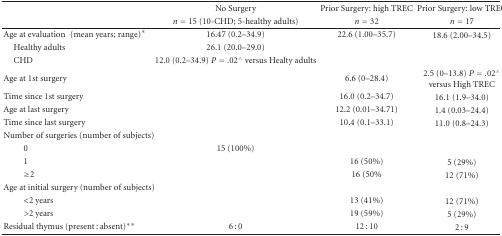
<table><thead><tr><td></td><td><b>No Surgery</b></td><td><b>Prior Surgery: high TREC</b></td><td><b>Prior Surgery: low TREC</b></td></tr><tr><td></td><td><b><i>n</i> = 15 (10-CHD; 5-healthy adults)</b></td><td><b><i>n</i> = 32</b></td><td><b><i>n</i> = 17</b></td></tr></thead><tbody><tr><td>Age at evaluation (mean years; range)*</td><td>16.47 (0.2–34.9)</td><td>22.6 (1.00–35.7)</td><td>18.6 (2.00–34.5)</td></tr><tr><td> Healthy adults</td><td>26.1 (20.0–29.0)</td><td></td><td></td></tr><tr><td> CHD</td><td>12.0 (0.2–34.9) <i>P</i> = .02<sup>∧</sup> versus Healty adults</td><td></td><td></td></tr><tr><td>Age at 1st surgery</td><td></td><td>6.6 (0–28.4)</td><td>2.5 (0–13.8) <i>P</i> = .02<sup>∧</sup> versus High TREC</td></tr><tr><td>Time since 1st surgery</td><td></td><td>16.0 (0.2–34.7)</td><td>16.1 (1.9–34.0)</td></tr><tr><td>Age at last surgery</td><td></td><td>12.2 (0.01–34.71)</td><td>1.4 (0.03–24.4)</td></tr><tr><td>Time since last surgery</td><td></td><td>10.4 (0.1–33.1)</td><td>11.0 (0.8–24.3)</td></tr><tr><td>Number of surgeries (number of subjects)</td><td></td><td></td><td></td></tr><tr><td>0</td><td>15 (100%)</td><td></td><td></td></tr><tr><td>1</td><td></td><td>16 (50%)</td><td>5 (29%)</td></tr><tr><td>≥2</td><td></td><td>16 (50%</td><td>12 (71%)</td></tr><tr><td>Age at initial surgery (number of subjects)</td><td></td><td></td><td></td></tr><tr><td>&lt;2 years</td><td></td><td>13 (41%)</td><td>12 (71%)</td></tr><tr><td>&gt;2 years</td><td></td><td>19 (59%)</td><td>5 (29%)</td></tr><tr><td>Residual thymus (present : absent)**</td><td>6 : 0</td><td>12 : 10</td><td>2 : 9</td></tr></tbody></table>